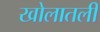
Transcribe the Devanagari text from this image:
खोलातली